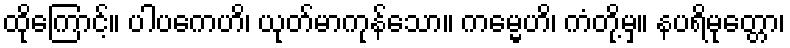
ထိုကြောင့်။ ပါပကေဟိ၊ ယုတ်မာကုန်သော။ ကမ္မေဟိ၊ ကံတို့မှ။ နပရိမုတ္တော၊